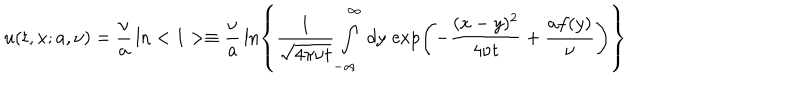
LaTeX: u ( t , x ; a , \nu ) = \frac { \nu } { a } \, \ln < 1 > \equiv \frac { \nu } { a } \, \ln \left\{ \frac { 1 } { \sqrt { 4 \pi \nu t } } \int _ { - \infty } ^ { \infty } \, d y \, \exp \left( - \frac { ( x - y ) ^ { 2 } } { 4 \nu t } + \frac { a f ( y ) } { \nu } \right) \right\}